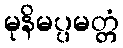
မုနိမပ္ပမတ္တံ